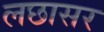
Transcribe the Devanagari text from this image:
लछासर